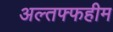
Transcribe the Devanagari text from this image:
अल्तफ्फहीम